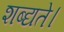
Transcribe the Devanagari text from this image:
शब्द्यते।